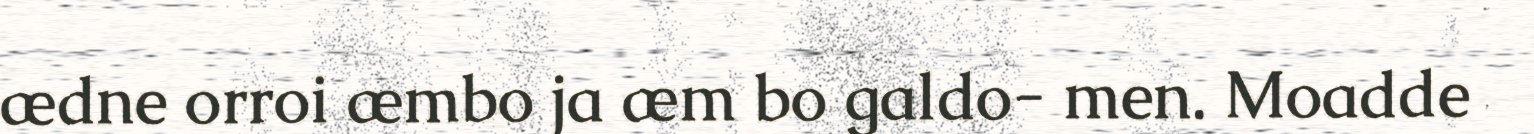
ædne orroi æmbo ja æm bo galdo- men. Moadde